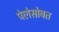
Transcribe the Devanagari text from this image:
पेलेसोबत